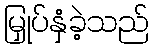
မြှုပ်နှံခဲ့သည်